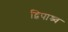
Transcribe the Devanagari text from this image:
द्विपाश्र्व